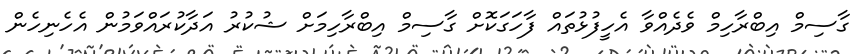
ގާސިމް އިބްރާހިމް ވެދެއްވާ އެހީފުޅުތައް ފާހަގަކޮށް ގާސިމް އިބްރާހިމަށް ޝުކުރު އަދާކުރައްވަމުން އެހެނިހެން